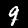
Digit: 9